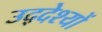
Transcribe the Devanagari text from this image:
उद्‌देश्यों